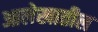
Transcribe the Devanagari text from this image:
आलेखातील